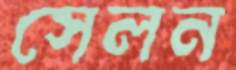
সেলন